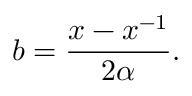
b = { \frac { x - x ^ { - 1 } } { 2 \alpha } } .